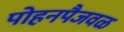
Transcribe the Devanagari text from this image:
पोहनपैजवळ